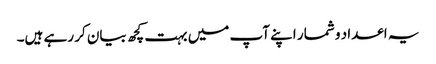
یہ اعداد و شمار اپنے آپ میں بہت کچھ بیان کر رہے ہیں۔